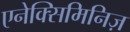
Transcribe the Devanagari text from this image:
एनेक्सिमिनिज़